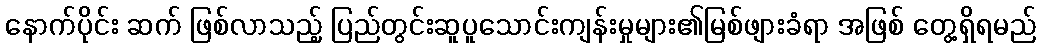
နောက်ပိုင်း ဆက် ဖြစ်လာသည့် ပြည်တွင်းဆူပူသောင်းကျန်းမှုများ၏မြစ်ဖျားခံရာ အဖြစ် တွေ့ရှိရမည်